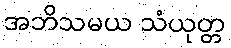
အဘိသမယ သံယုတ္တ